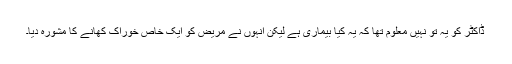
ڈاکٹر کو یہ تو نہیں معلوم تھا کہ یہ کیا بیماری ہے لیکن انہوں نے مریض کو ایک خاص خوراک کھانے کا مشورہ دیا۔